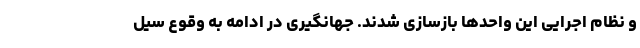
و نظام اجرایی این واحدها بازسازی شدند. جهانگیری در ادامه به وقوع سیل